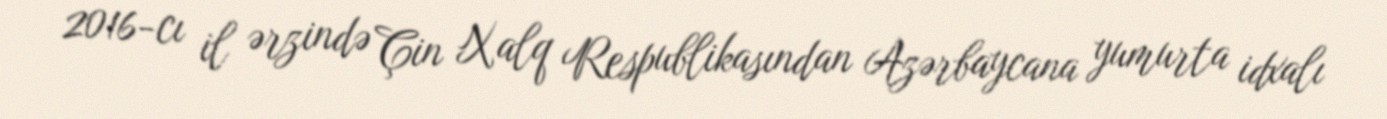
2016-cı il ərzində Çin Xalq Respublikasından Azərbaycana yumurta idxalı